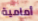
أمامية